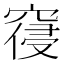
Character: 𮄊